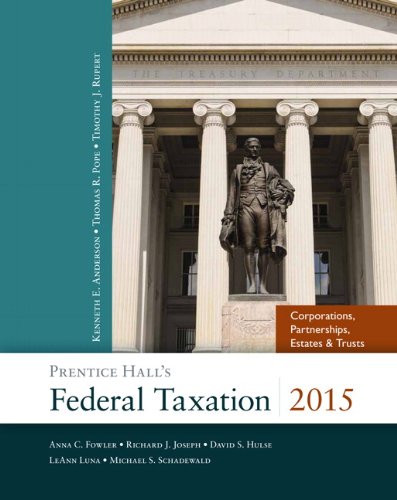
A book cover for Prentice Hall's Federal Taxation 2015 Corporations, Partnerships, Estates & Trusts (28th Edition); Thomas R. Pope; Law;